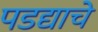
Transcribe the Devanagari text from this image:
पडद्याचे